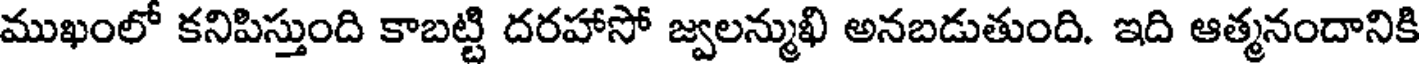
ముఖంలో కనిపిస్తుంది కాబట్టి దరహాసో జ్వలన్ముఖి అనబడుతుంది. ఇది ఆత్మనందానికి